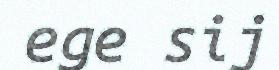
ege sij